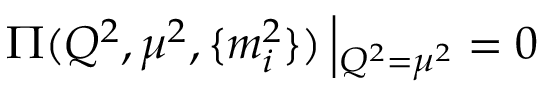
\Pi ( Q ^ { 2 } , \mu ^ { 2 } , \{ m _ { i } ^ { 2 } \} ) \left| _ { Q ^ { 2 } = \mu ^ { 2 } } = 0 \right.